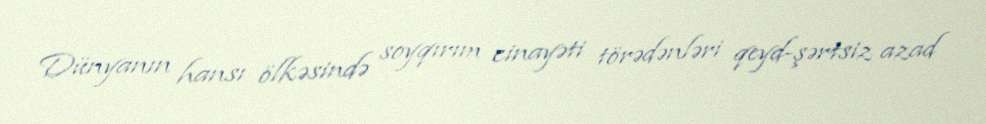
Dünyanın hansı ölkəsində soyqırım cinayəti törədənləri qeyd-şərtsiz azad